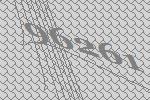
96261